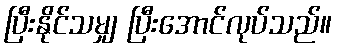
ပြီးနိုင်သမျှ ပြီးအောင်လုပ်သည်။